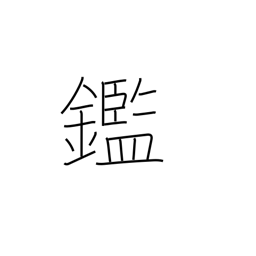
Meaning: learn from